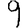
Digit: 9